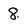
Character: 8